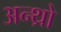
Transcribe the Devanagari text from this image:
अन्थ्रो